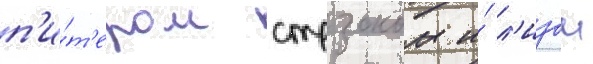
п'и́т'ером стрзоком и́ л'изои